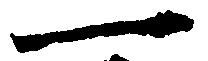
一